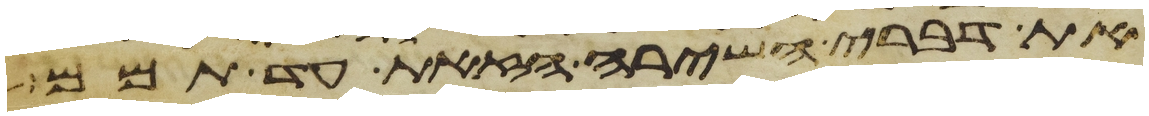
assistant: את דברי השירה הזאת עד תמם